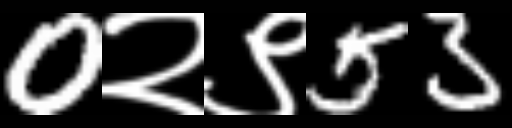
Text: 0२९53